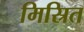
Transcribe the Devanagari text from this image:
मिस्रित